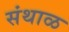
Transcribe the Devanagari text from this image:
संथाळ